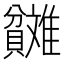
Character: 𬥬